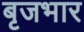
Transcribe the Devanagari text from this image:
बृजभार